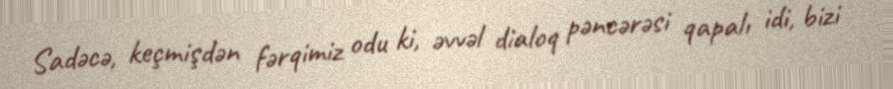
Sadəcə, keçmişdən fərqimiz odu ki, əvvəl dialoq pəncərəsi qapalı idi, bizi